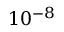
1 0 ^ { - 8 }